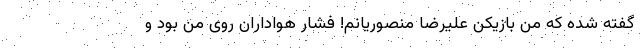
گفته شده که من بازیکن علیرضا منصوریانم! فشار هواداران روی من بود و